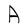
Character: A